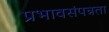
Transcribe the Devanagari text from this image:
प्रभावसंपन्नता